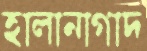
হালানাগাদ